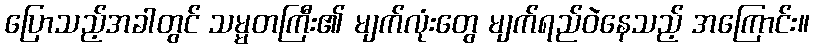
ပြောသည့်အခါတွင် သမ္မတကြီး၏ မျက်လုံးတွေ မျက်ရည်ဝဲနေသည့် အကြောင်း။